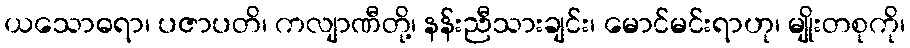
ယသောဓရာ၊ ပဇာပတိ၊ ကလျာဏီတို့၊ နန်းညီသားချင်း၊ မောင်မင်းရာဟု၊ မျိုးတစုကို၊